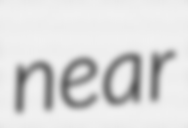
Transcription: near